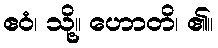
ဧဝံ၊ သို့။ ဟောတိ၊ ၏။